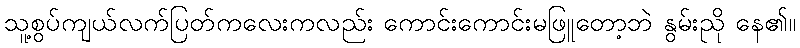
သူ့စွပ်ကျယ်လက်ပြတ်ကလေးကလည်း ကောင်းကောင်းမဖြူတော့ဘဲ နွမ်းညို နေ၏။